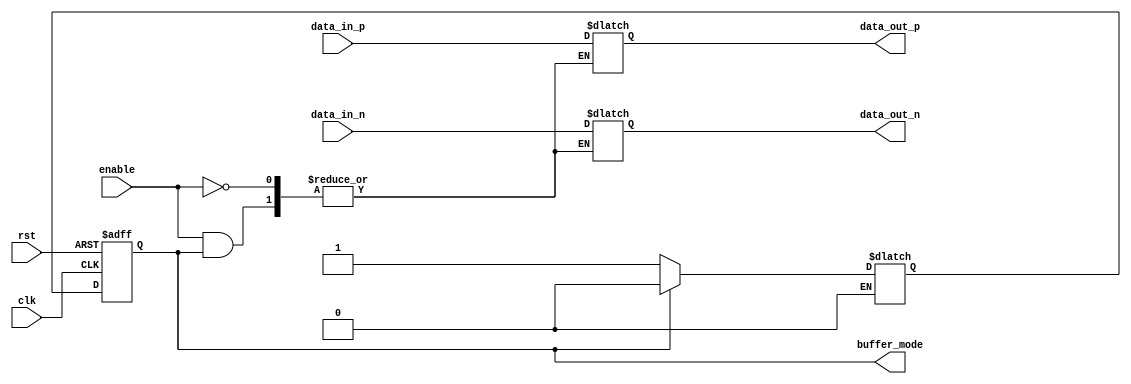
module io_blocks_diff_bidir_buffer (
    input               clk,
    input               rst,
    input               enable,
    input               data_in_p,
    input               data_in_n,
    output reg         data_out_p,
    output reg         data_out_n,
    output reg         buffer_mode // 0 for driving, 1 for receiving
);

reg buffer_mode_next;

always @(posedge clk or negedge rst) begin
    if (rst == 0)
        buffer_mode <= 0;
    else
        buffer_mode <= buffer_mode_next;
end

always @* begin
    if (enable == 1) begin
        if (buffer_mode == 0) begin
            data_out_p <= data_in_p;
            data_out_n <= data_in_n;
        end
        else if (buffer_mode == 1) begin
            // Add differential signal conversion circuitry here
        end
    end
end

always @* begin
    if (buffer_mode == 0) begin
        buffer_mode_next = 1;
    end
    else if (buffer_mode == 1) begin
        buffer_mode_next = 0;
    end
end

endmodule